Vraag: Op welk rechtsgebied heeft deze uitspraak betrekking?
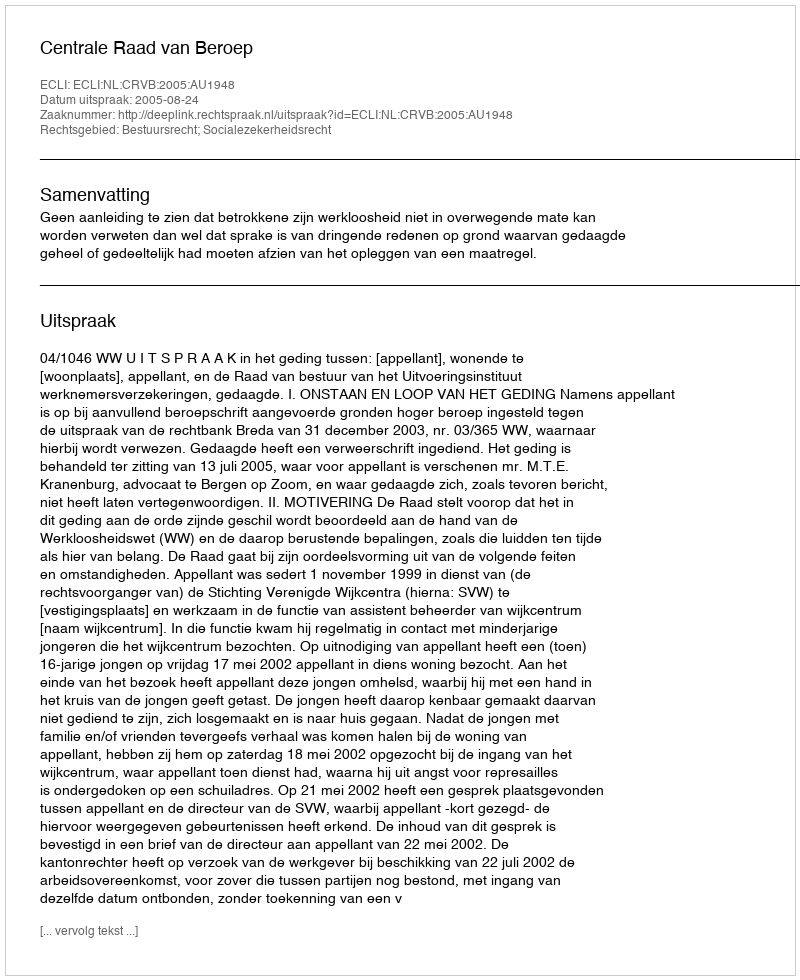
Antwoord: Bestuursrecht; Socialezekerheidsrecht